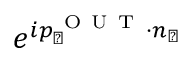
e ^ { i p _ { \perp } ^ { \mathrm { ~ O ~ U ~ T ~ } } \cdot n _ { \perp } }